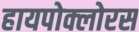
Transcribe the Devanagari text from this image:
हायपोक्लोरस